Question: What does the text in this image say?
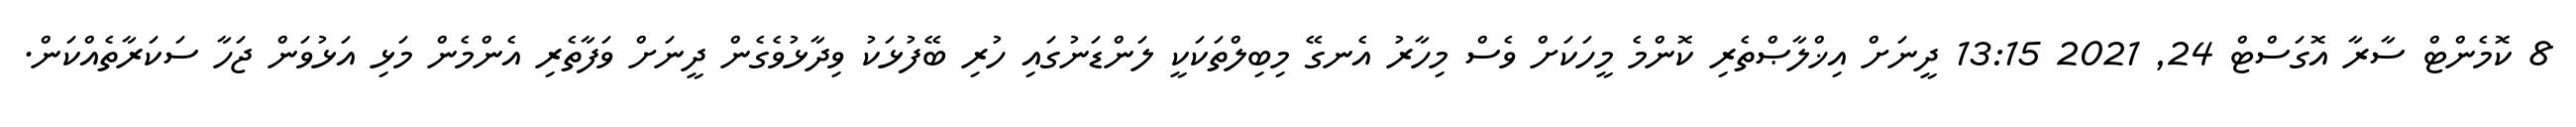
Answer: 8 ކޮމެންޓް ސާރާ އޮގަސްޓް 24, 2021 13:15 ދީނަށް އިޚްލާޞްތެރި ކޮންމެ މީހަކަށް ވެސް މިހާރު އެނގޭ މިބިލްތަކަކީ ލަންޑަނުގައި ހުރި ބޭފުޅަކު ވިދާޅުވެގެން ދީނަށް ވަފާތެރި އެންމެން މަޅި އަޅުވަން ޖަހާ ސަކަރާތެއްކަން.